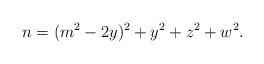
LaTeX: \begin{align*}n=(m^2-2y)^2+y^2+z^2+w^2.\end{align*}